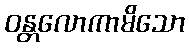
ဝန္တလောကာမိသော